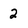
Character: 2